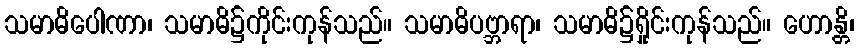
သမာဓိပေါဏာ၊ သမာဓိ၌ကိုင်းကုန်သည်။ သမာဓိပဗ္ဘာရာ၊ သမာဓိ၌ရှိုင်းကုန်သည်။ ဟောန္တိ၊